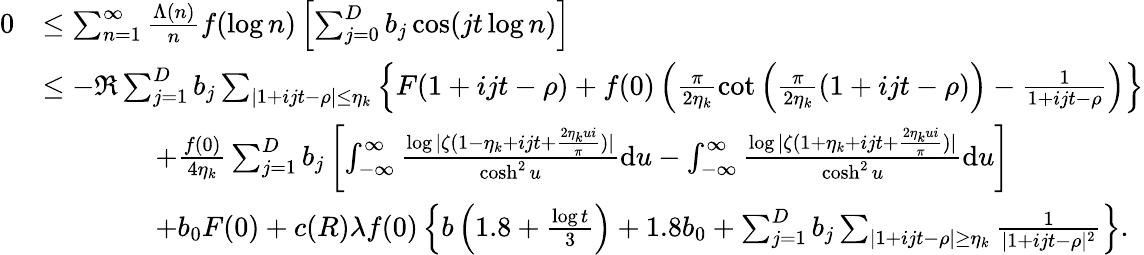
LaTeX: \begin{array}{rl}{0}&{\le\sum_{n=1}^{\infty}\frac{\Lambda(n)}{n}f(\log n)\left[\sum_{j=0}^{D}b_{j}\cos(jt\log n)\right]}\\ &{\le-\Re\sum_{j=1}^{D}b_{j}\sum_{|1+ijt-\rho|\le\eta_{k}}\left\{ F(1+ijt-\rho)+f(0)\left(\frac{\pi}{2\eta_{k}}\cot\left(\frac{\pi}{2\eta_{k}}(1+ijt-\rho)\right)-\frac{1}{1+ijt-\rho}\right)\right\} }\\ &{\qquad\qquad+\frac{f(0)}{4\eta_{k}}\sum_{j=1}^{D}b_{j}\left[\int_{-\infty}^{\infty}\frac{\log|\zeta(1-\eta_{k}+ijt+\frac{2\eta_{k}ui}{\pi})|}{\cosh^{2}u}\mathrm{d}u-\int_{-\infty}^{\infty}\frac{\log|\zeta(1+\eta_{k}+ijt+\frac{2\eta_{k}ui}{\pi})|}{\cosh^{2}u}\mathrm{d}u\right]}\\ &{\qquad\qquad+b_{0}F(0)+c(R)\lambda f(0)\left\{ b\left(1.8+\frac{\log t}{3}\right)+1.8b_{0}+\sum_{j=1}^{D}b_{j}\sum_{|1+ijt-\rho|\ge\eta_{k}}\frac{1}{|1+ijt-\rho|^{2}}\right\} .}\end{array}